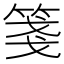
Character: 箋